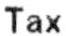
TAX